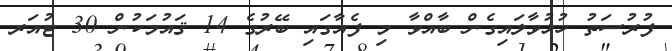
ފުރުސަތު ހުޅުވާލައިގެން ބާއްވާ މި ފެއާގައި ބޭރުގެ 14 ޤައުމަކުން 30 ޓުއަރ